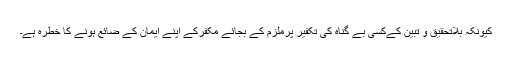
کیونکہ بلاتحقیق و تبین کےکسی بے گناہ کی تکفیر پرملزم کے بجائے مُکفِرکے اپنے ایمان کے ضائع ہونے کا خطرہ ہے۔